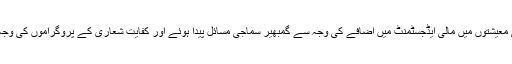
یونان، اسپین اور دیگر یورو زون ممالک کی معیشتوں میں مالی ایڈجسٹمنٹ میں اضافے کی وجہ سے گمبھیر سماجی مسائل پیدا ہوئے اور کفایت شعاری کے پروگراموں کی وجہ سے لوگوں کے متاثر ہونے میں اضافہ ہوا۔